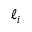
\ell _ { i }